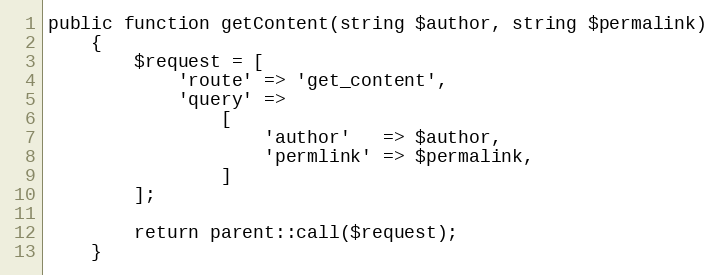
Language: PHP
public function getContent(string $author, string $permalink)
    {
        $request = [
            'route' => 'get_content',
            'query' =>
                [
                    'author'   => $author,
                    'permlink' => $permalink,
                ]
        ];

        return parent::call($request);
    }